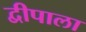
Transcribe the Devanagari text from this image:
द्वीपाला